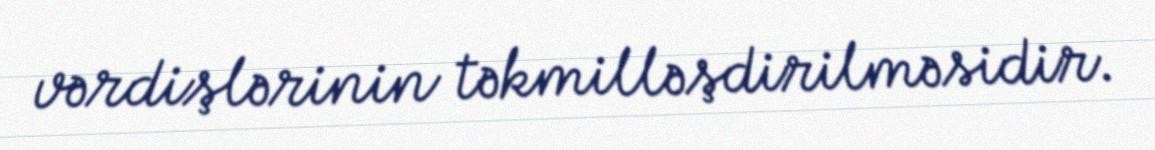
vərdişlərinin təkmilləşdirilməsidir.